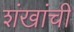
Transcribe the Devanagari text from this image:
शंखांची